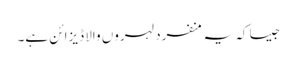
جیسا کہ یہ منفرد لہروں والا ڈیزائن ہے۔